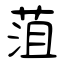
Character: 菹